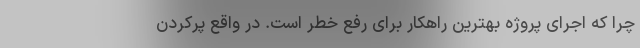
چرا که اجرای پروژه بهترین راهکار برای رفع خطر است. در واقع پرکردن